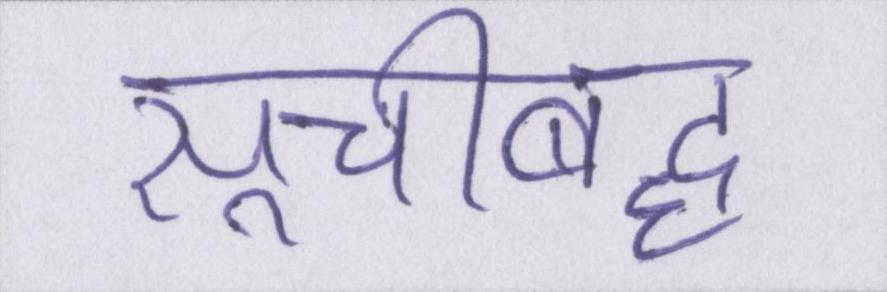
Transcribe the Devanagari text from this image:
सूचीबद्ध